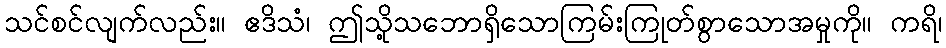
သင်စင်လျက်လည်း။ ဧဒိသံ၊ ဤသို့သဘောရှိသောကြမ်းကြုတ်စွာသောအမှုကို။ ကရိ၊